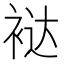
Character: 𰳻